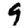
Digit: 9